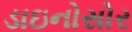
ડાઇનોસોર